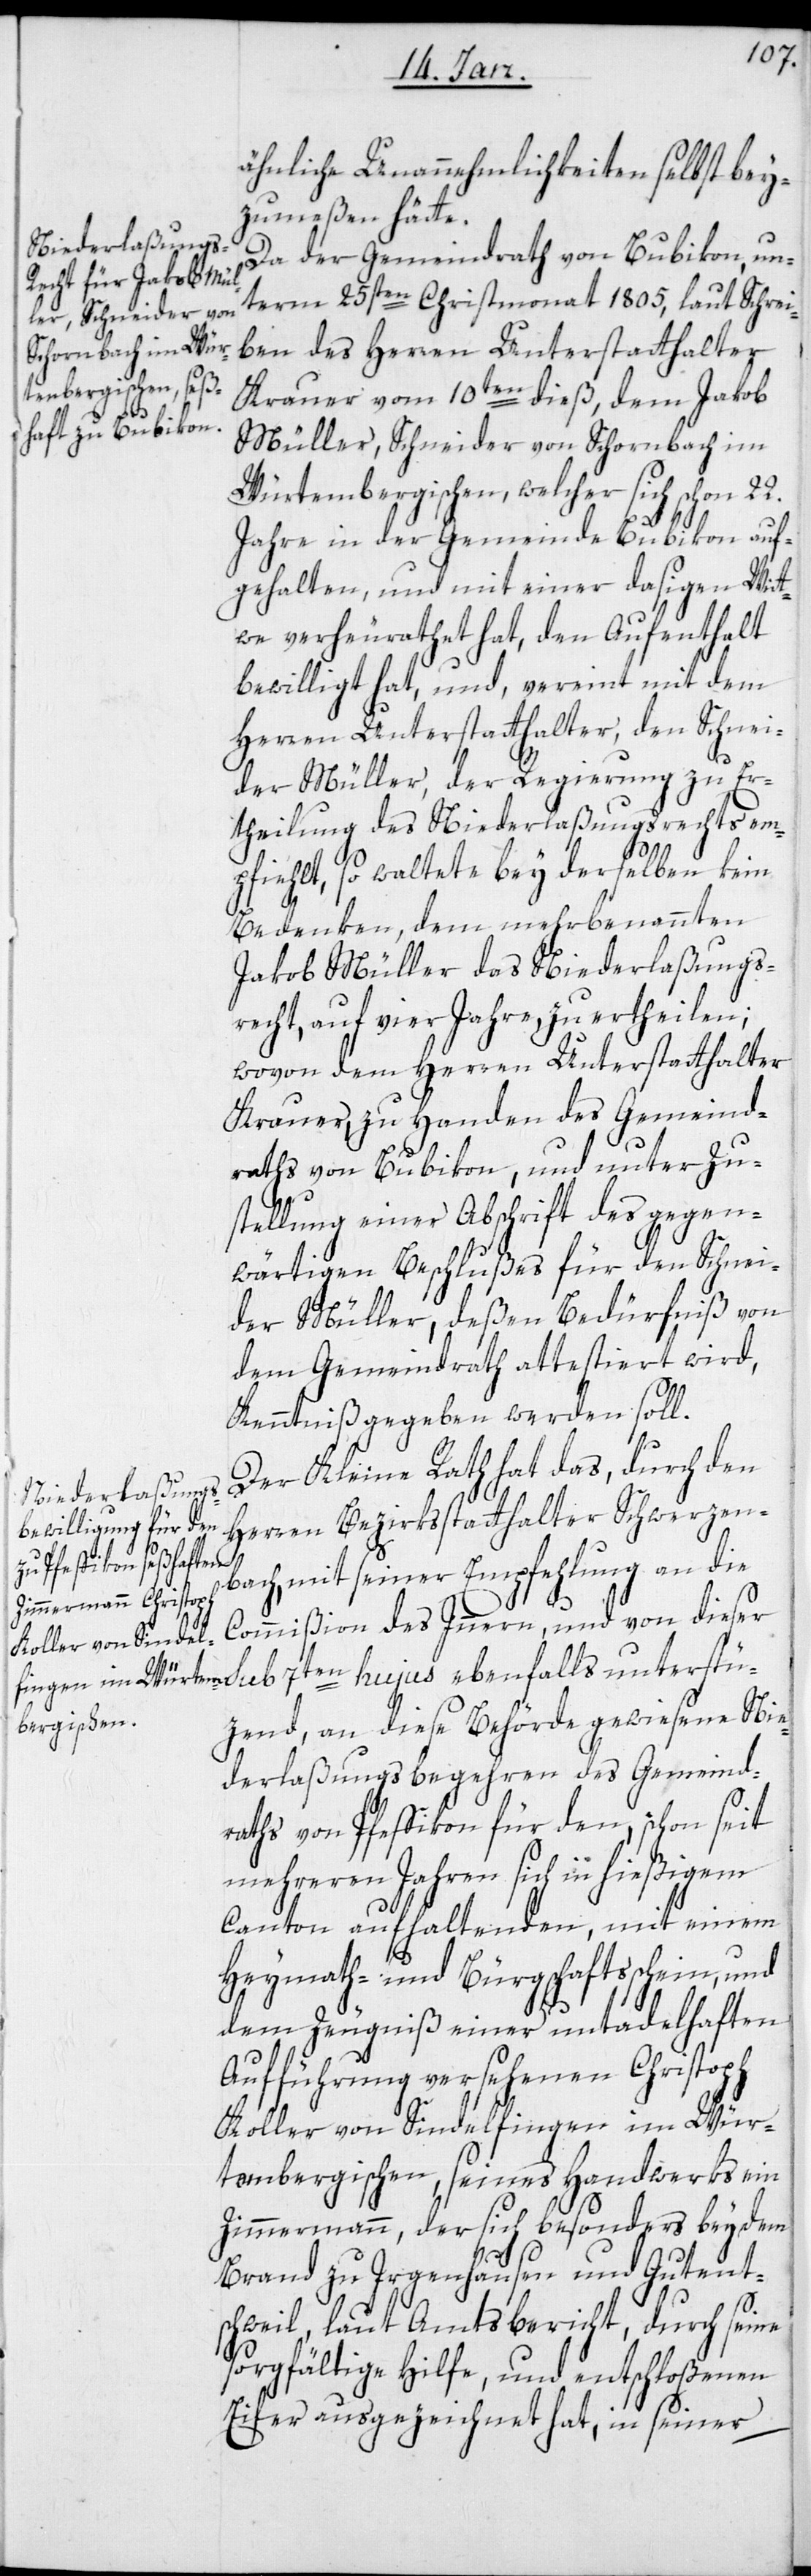
ähnliche Unannehmlichkeiten selbst bey¬
zumeßen hätte.
Da der Gemeindrath von Bubikon, un¬
term 25sten Christmonat 1805, laut Schrei¬
ben des Herren Unterstatthalter
Krauer vom 10ten dieß, dem Jakob
Müller, Schneider von Schornbach im
Würtembergischen, welcher sich schon 22.
Jahre in der Gemeinde Bubikon auf¬
gehalten, und mit einer dasigen Witt¬
we verheurathet hat, den Aufenthalt
bewilligt hat, und vereint mit dem
Herren Unterstatthalter, den Schnei¬
eben¬
der Müller, der Regierung zu Er¬
theilung des Niederlaßungsrecht em¬
pfiehlt, so waltet bey derselben kein
Bedenken, dem mehr benannten
Jakob Müller das Niederlaßungs¬
recht auf vier Jahre zu ertheilen;
wovon dem Herren Unterstatthalter
Krauer, zu Handen des Gemeind¬
raths von Bubikon, und unter Zu¬
stellung einer Abschrift des gegen¬
wärtigen Beschlußes für den Schnei¬
der Müller, deßen Bedürfniß von
dem Gemeindrath attestiert wird,
Kenntniß gegeben werden soll.
Der Kleine Rath hat das, durch den
Herren Bezirksstatthalter Schwerzen¬
bach, mit seiner Empfehlung an die
Commißion des Inneren, und von dieser
falls unterstü¬
zend, an diese Behörde gewiesene Nie¬
derlaßungsbegehren des Gemeind¬
raths von Pfeffikon für den, schon seit
mehreren Jahren sich in hießigem
Canton aufhaltenden, mit einem
Heymath- und Bürgschaftsschein, und
dem Zeugniß einer untadelhaften
Aufführung versehenen Christoph
Koller von Sindelfingen im Wür¬
tembergischen, seines Handwerks ein
Zimmermann, der sich besonders bey dem
Brand zu Irgenhausen und Gutent¬
schweil, laut Amtsbericht, durch seine
sorgfältige Hilfe, und entschloßenen
Eifer ausgezeichnet hat, in seiner